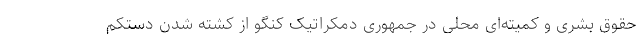
حقوق بشری و کمیته‌ای محلی در جمهوری دمکراتیک کنگو از کشته شدن دستکم